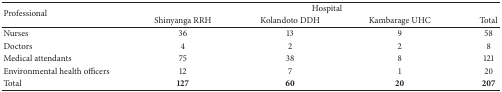
<table><thead><tr><td rowspan="2"><b>Professional</b></td><td colspan="4"><b>Hospital</b></td></tr><tr><td><b>Shinyanga RRH</b></td><td><b>Kolandoto DDH</b></td><td><b>Kambarage UHC</b></td><td><b>Total</b></td></tr></thead><tbody><tr><td>Nurses</td><td>36</td><td>13</td><td>9</td><td>58</td></tr><tr><td>Doctors </td><td>4</td><td>2</td><td>2</td><td>8</td></tr><tr><td>Medical attendants</td><td>75</td><td>38</td><td>8</td><td>121</td></tr><tr><td>Environmental health officers</td><td>12</td><td>7</td><td>1</td><td>20</td></tr><tr><td>Total</td><td><b>127</b></td><td><b>60</b></td><td><b>20</b></td><td><b>207</b></td></tr></tbody></table>